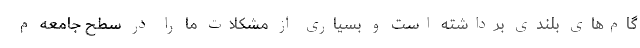
گام‌های بلندی برداشته است و بسیاری از مشکلات ما را در سطح جامعه م